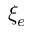
\xi _ { e }